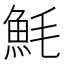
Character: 魹